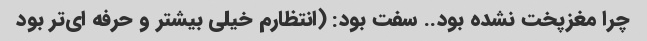
چرا مغزپخت نشده بود.. سفت بود: (انتظارم خیلی بیشتر و حرفه ای‌تر بود